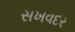
સખવદર